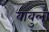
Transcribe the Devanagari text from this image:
बाबुला